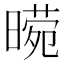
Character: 𭧕